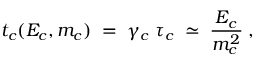
t _ { c } ( E _ { c } , m _ { c } ) \; = \; \gamma _ { c } \; \tau _ { c } \; \simeq \; \frac { E _ { c } } { m _ { c } ^ { 2 } } \; ,